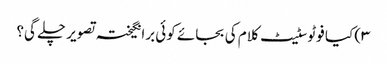
۳) کیا فوٹوسٹیٹ کلام کی بجائے کوئی برانگیختہ تصویر چلے گی؟